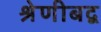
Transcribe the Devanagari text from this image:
श्रेणीबद्व